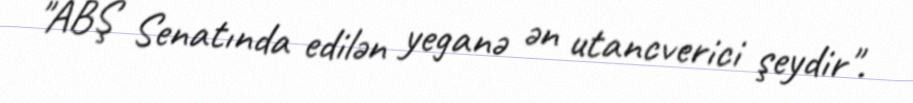
"ABŞ Senatında edilən yeganə ən utancverici şeydir".